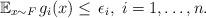
LaTeX: \begin{align*}\mathbb{E}_{x \sim F} \, g_i(x) \leq \, \epsilon_i, \; i=1,\ldots,n .\end{align*}